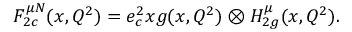
F _ { 2 c } ^ { \mu N } ( x , Q ^ { 2 } ) = e _ { c } ^ { 2 } x g ( x , Q ^ { 2 } ) \otimes H _ { 2 g } ^ { \mu } ( x , Q ^ { 2 } ) .